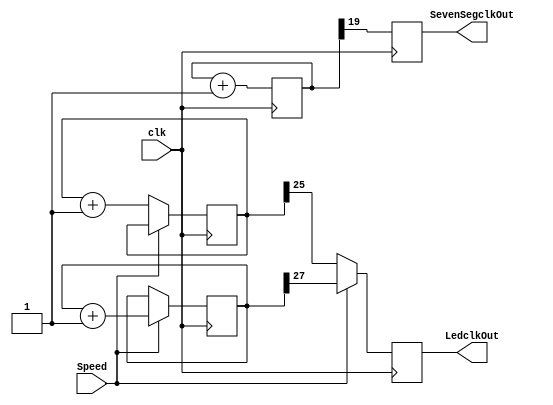
module clkCounter(SevenSegclkOut, LedclkOut, Speed, clk);
output reg LedclkOut;
output reg SevenSegclkOut;
input Speed;
input clk;
reg [19:0]clkCounter = 20'b0;
reg [27:0]clkCounterOn = 28'b0;
reg [25:0]clkCounterOff = 26'b0;
always @(posedge clk)
begin
    if(Speed == 1'b1)
    begin
        clkCounterOn <= clkCounterOn + 1'b1;
        LedclkOut <= clkCounterOn[27];
    end
    else
    begin
        clkCounterOff <= clkCounterOff + 1'b1;
        LedclkOut <= clkCounterOff[25];
    end        
end
always @(posedge clk)
begin
        clkCounter <= clkCounter + 1'b1;
        SevenSegclkOut <= clkCounter[19];
end
endmodule